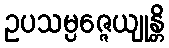
ဥပသမ္ပဇ္ဇေယျုန္တိ